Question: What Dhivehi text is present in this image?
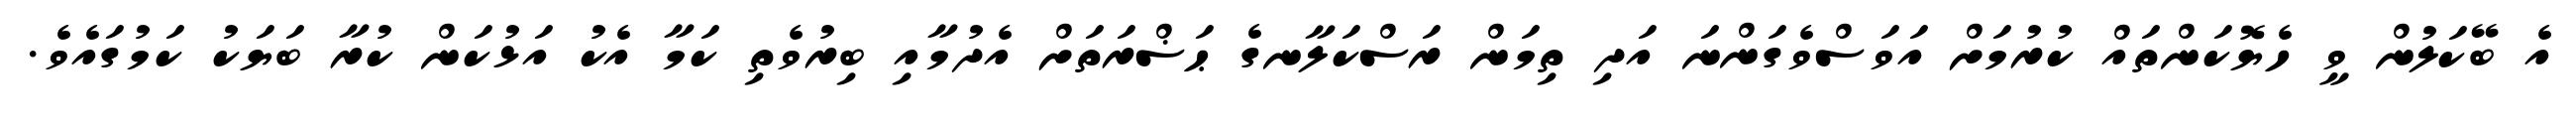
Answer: އެ ބޭކަލުން ވީ ހެޔޮކަންތައް ކުރުމަށް އަވަސްވެގަންނަ އަދި ތިމަން ރަސްކަލާނގެ ޙަޟްރަތަށް އެދުމާއި ބިރުވެތި ކަމާ އެކު އަޅުކަން ކުރާ ބަޔަކު ކަމުގައެވެ.